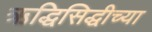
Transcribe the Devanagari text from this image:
ऋद्धिसिद्धीच्या